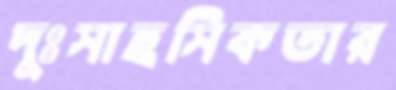
দুঃসাহসিকতার